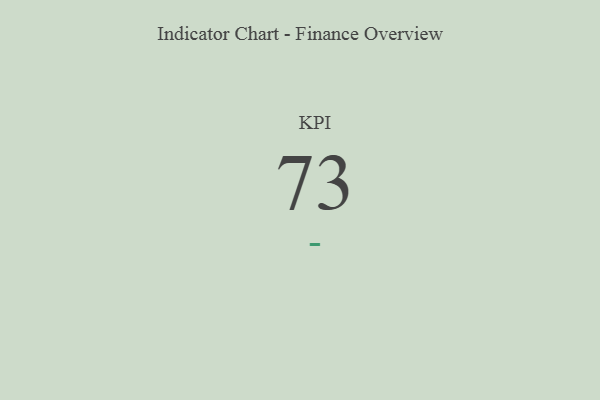
{"axis": {"x": "KPI", "y": "Value"}, "legend": [""], "data": [{"x": "KPI", "y": 73, "type": ""}]}